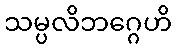
သမ္ပလိဘဂ္ဂေဟိ